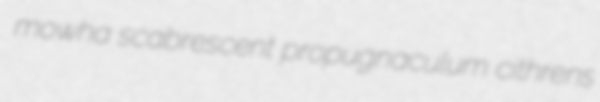
mowha scabrescent propugnaculum cithrens